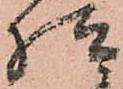
様